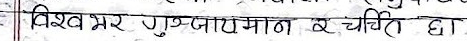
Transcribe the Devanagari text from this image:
विश्व भर गुञ्जायमान र चर्चित छ।